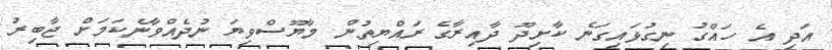
އަދި އެ ހައްގު ނިގުޅައިގަނެ ކާށިދޫ ދާއިރާގެ ރައްޔިތުން މާޔޫސްވިޔަ ނުދެއްވާނެކަމަށް ޖާބިރު